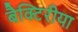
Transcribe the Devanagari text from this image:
बैक्टिरीया